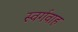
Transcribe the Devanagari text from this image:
स्वर्गवाह